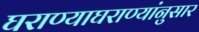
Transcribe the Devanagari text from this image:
घराण्याघराण्यांनुसार